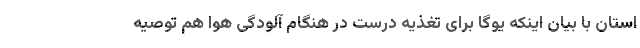
استان با بیان اینکه یوگا برای تغذیه درست در هنگام آلودگی هوا هم توصیه